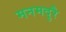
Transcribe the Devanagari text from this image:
मनमदुरै